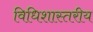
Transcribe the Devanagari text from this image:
विधिशास्तरीय